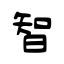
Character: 智